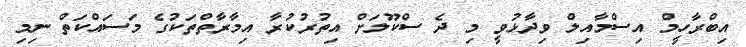
އިބްރާހީމް އިސްމާއިލް ވިދާޅުވީ މި ދެ ސްކޫލަށް އިތުރުކުރާ އިމާރާތްތަކުގެ މަސައްކަތް ނިމި